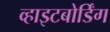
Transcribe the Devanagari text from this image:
व्हाइटबोर्डिंग